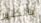
بالكثير